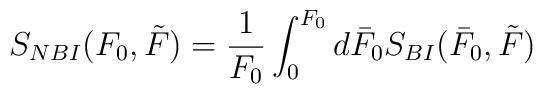
S_{NBI}(F_0,\tilde{F}) = \frac{1}{F_0} \int_0^{F_0} d \bar F_0S_{BI}(\bar F_0, \tilde{F})